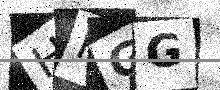
Text: HRGG